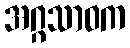
အဂ္ဂသာဝက